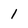
Character: l